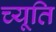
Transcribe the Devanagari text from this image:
च्यूति